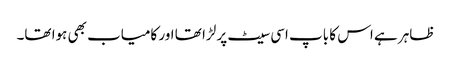
ظاہر ہے اس کا باپ اسی سیٹ پر لڑا تھا اور کامیاب بھی ہوا تھا۔